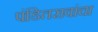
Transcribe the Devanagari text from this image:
पंडितरावांचा